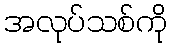
အလုပ်သစ်ကို